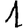
Digit: 1